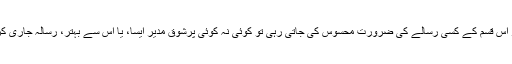
لیکن اگر اس قسم کے کسی رسالے کی ضرورت محسوس کی جاتی رہی تو کوئی نہ کوئی پُرشوق مدیر ایسا، یا اس سے بہتر، رسالہ جاری کر لے گا۔